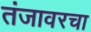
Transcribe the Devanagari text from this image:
तंजावरचा